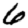
Digit: 6